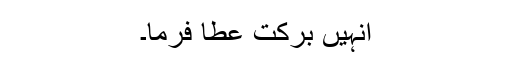
انہیں برکت عطا فرما۔